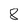
Character: 8